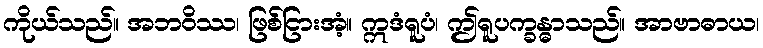
ကိုယ်သည်။ အဘဝိဿ၊ ဖြစ်ငြားအံ့။ ဣဒံရူပံ၊ ဤရူပက္ခန္ဓာသည်။ အာဗာဓာယ၊